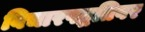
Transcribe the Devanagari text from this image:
विचारपद्धतिवर